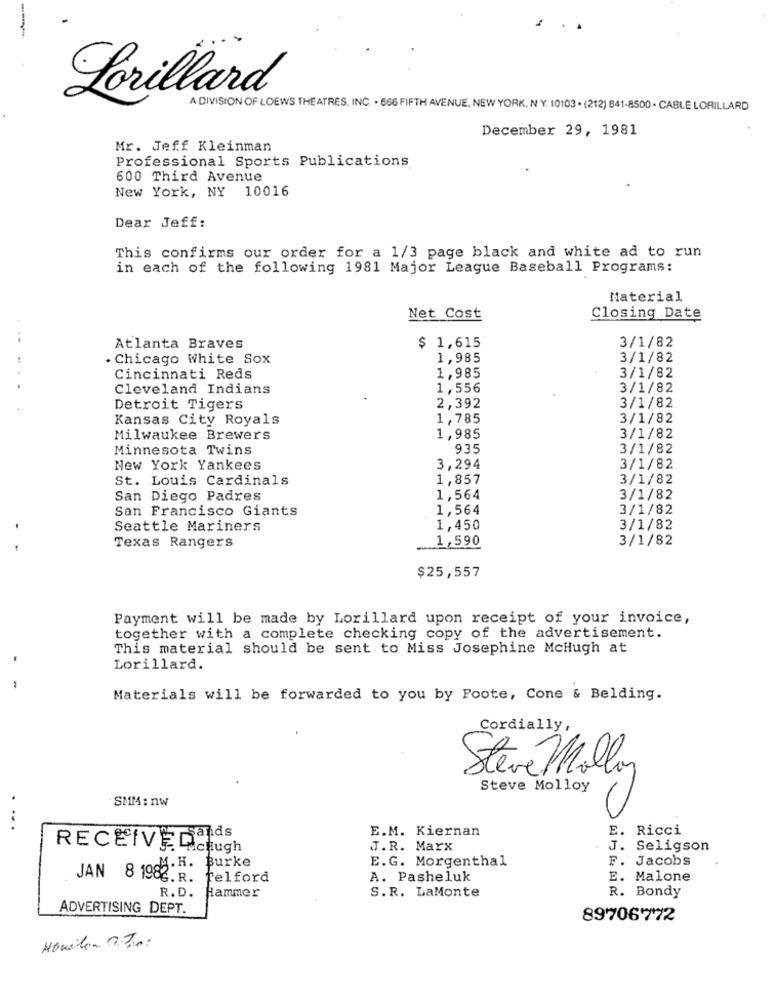
---
. .
Lorillard
A DIVISION OF LOEWS THEATRES. INC. . 666 FIFTH AVENUE, NEW YORK, N Y. 10103 . (212) 841-8500 - CABLE LORILLARD
December 29, 1981
Mr. Jeff Kleinman
Professional Sports Publications
600 Third Avenue
New York, NY 10016
Dear Jeff:
This confirms our order for a 1/3 page black and white ad to run
in each of the following 1981 Major League Baseball Programs:
Material
Net Cost
Closing Date
$ 1,615
Atlanta Braves
3/1/82
. Chicago White Sox
1,985
3/1/82
1,985
Cincinnati Reds
3/1/82
Cleveland Indians
1,556
3/1/82
Detroit Tigers
2,392
3/1/82
Kansas City Royals
1,785
3/1/82
Milwaukee Brewers
1,985
3/1/82
Minnesota Twins
935
3/1/82
New York Yankees
3,294
3/1/82
St. Louis Cardinals
1,857
3/1/82
San Diego Padres
1,564
3/1/82
San Francisco Giants
1,564
3/1/82
Seattle Mariners
1,450
3/1/82
1,590
3/1/82
Texas Rangers
$25,557
Payment will be made by Lorillard upon receipt of your invoice,
together with a complete checking copy of the advertisement.
This material should be sent to Miss Josephine McHugh at
.
Lorillard.
Materials will be forwarded to you by Foote, Cone & Belding.
Cordially,
Steve Mollo
Steve Molloy
SMM : nw
....
E.M. Kiernan
E. Ricci
RECEIVEDcough
J.R. Marx
J. Seligson
E.G. Morgenthal
F. Jacobs
M.H. Burke
JAN 8 1982: 3
.R. Telford
A. Pasheluk
E. Malone
R. Bondy
R. D. Hammer
S.R. LaMonte
ADVERTISING DEPT.
89706772
Houilen To: